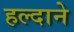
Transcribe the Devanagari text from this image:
हल्दाने